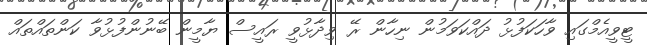
ޓީވީއެމްގައި ވާހަކަފުޅު ދައްކަވަމުން ނިހާން ރޭ ވިދާޅުވީ ރައީސް ޔާމީން ބޭނުންފުޅުވާ ކަންތައްތައް